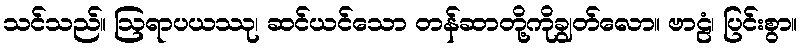
သင်သည်။ ဩရာပယဿု၊ ဆင်ယင်သော တန်ဆာတို့ကိုချွတ်လော။ ဗာဠံ၊ ပြင်းစွာ။